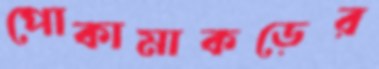
পোকামাকড়ের